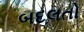
બદલતો